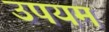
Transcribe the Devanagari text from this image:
उपयम